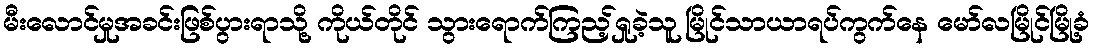
မီးလောင်မှုအခင်းဖြစ်ပွားရာသို့ ကိုယ်တိုင် သွားရောက်ကြည့်ရှုခဲ့သူ မြိုင်သာယာရပ်ကွက်နေ မော်လမြိုင်မြို့ခံ